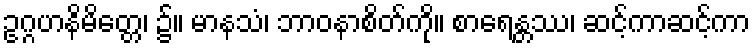
ဥဂ္ဂဟနိမိတ္တေ၊ ၌။ မာနသံ၊ ဘာဝနာစိတ်ကို။ စာရေန္တဿ၊ ဆင့်ကာဆင့်ကာ